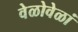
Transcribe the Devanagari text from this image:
वेळोवेळां